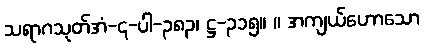
သရာဂသုတ်အံ-၄-ပါ-၃၈၃၊ ဋ္ဌ-၃၁၅။ ။ အကျယ်ဟောသော